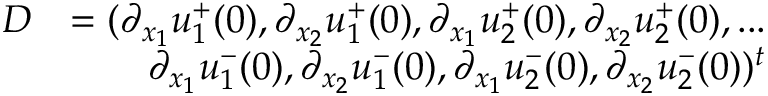
\begin{array} { r l } { D } & { = ( \partial _ { x _ { 1 } } u _ { 1 } ^ { + } ( 0 ) , \partial _ { x _ { 2 } } u _ { 1 } ^ { + } ( 0 ) , \partial _ { x _ { 1 } } u _ { 2 } ^ { + } ( 0 ) , \partial _ { x _ { 2 } } u _ { 2 } ^ { + } ( 0 ) , . . . } \\ & { \qquad \partial _ { x _ { 1 } } u _ { 1 } ^ { - } ( 0 ) , \partial _ { x _ { 2 } } u _ { 1 } ^ { - } ( 0 ) , \partial _ { x _ { 1 } } u _ { 2 } ^ { - } ( 0 ) , \partial _ { x _ { 2 } } u _ { 2 } ^ { - } ( 0 ) ) ^ { t } } \end{array}